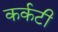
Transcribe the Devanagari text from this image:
कर्कटी